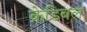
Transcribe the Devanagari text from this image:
क्रेडिबल